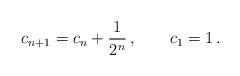
LaTeX: \begin{align*}c_{n+1} = c_n +\frac{1}{2^n}\,, \qquad c_1=1 \,.\end{align*}